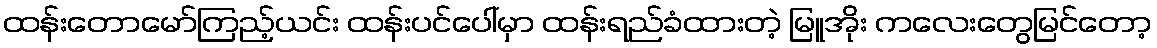
ထန်းတောမော်ကြည့်ယင်း ထန်းပင်ပေါ်မှာ ထန်းရည်ခံထားတဲ့ မြူအိုး ကလေးတွေမြင်တော့